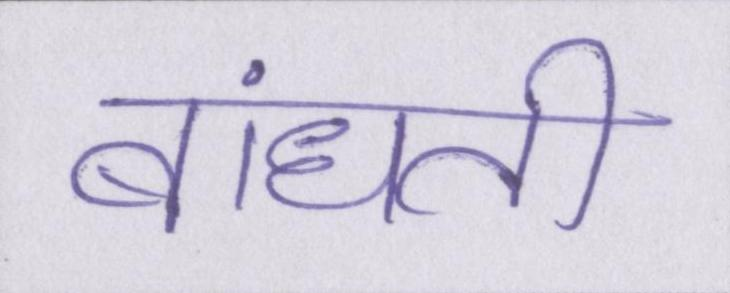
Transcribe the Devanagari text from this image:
बांधती